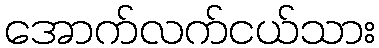
အောက်လက်ငယ်သား